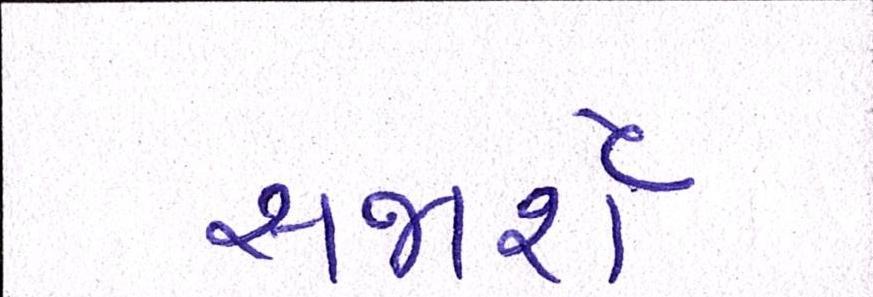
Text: સજાર્શેઃ